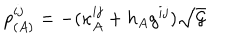
p _ { ( A ) } ^ { i j } = - ( \kappa _ { A } ^ { i j } + h _ { A } g ^ { i j } ) \sqrt { { \cal G } }